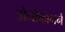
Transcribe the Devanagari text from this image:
डोनोव्हानने